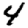
Digit: 4